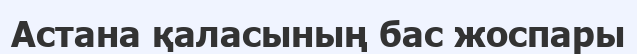
Астана қаласының бас жоспары